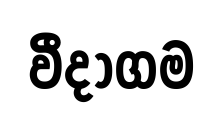
වීදාගම